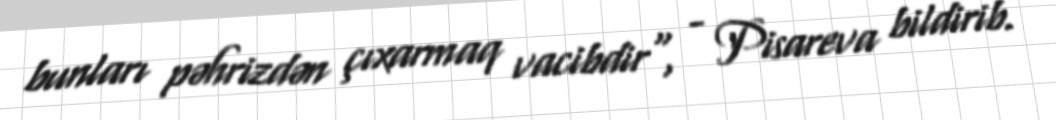
bunları pəhrizdən çıxarmaq vacibdir", - Pisareva bildirib.